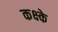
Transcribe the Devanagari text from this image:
कक्ष्के